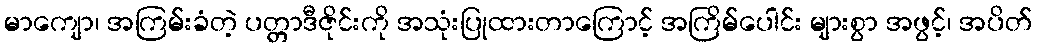
မာကျော၊ အကြမ်းခံတဲ့ ပတ္တာဒီဇိုင်းကို အသုံးပြုထားတာကြောင့် အကြိမ်ပေါင်း များစွာ အဖွင့်၊ အပိတ်